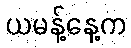
ယမန့်နေ့က